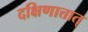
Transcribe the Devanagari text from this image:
दक्षिणात्तात्